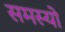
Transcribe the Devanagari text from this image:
समस्यो